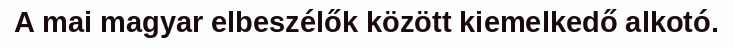
A mai magyar elbeszélők között kiemelkedő alkotó.